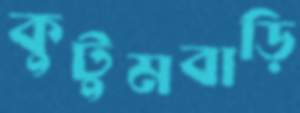
কুটুমবাড়ি